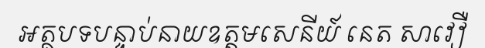
អត្ថបទបន្ទាប់នាយឧត្តមសេនីយ៍ នេត សាវឿ